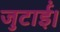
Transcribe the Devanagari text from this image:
जुटाईं।